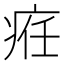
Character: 𤶄